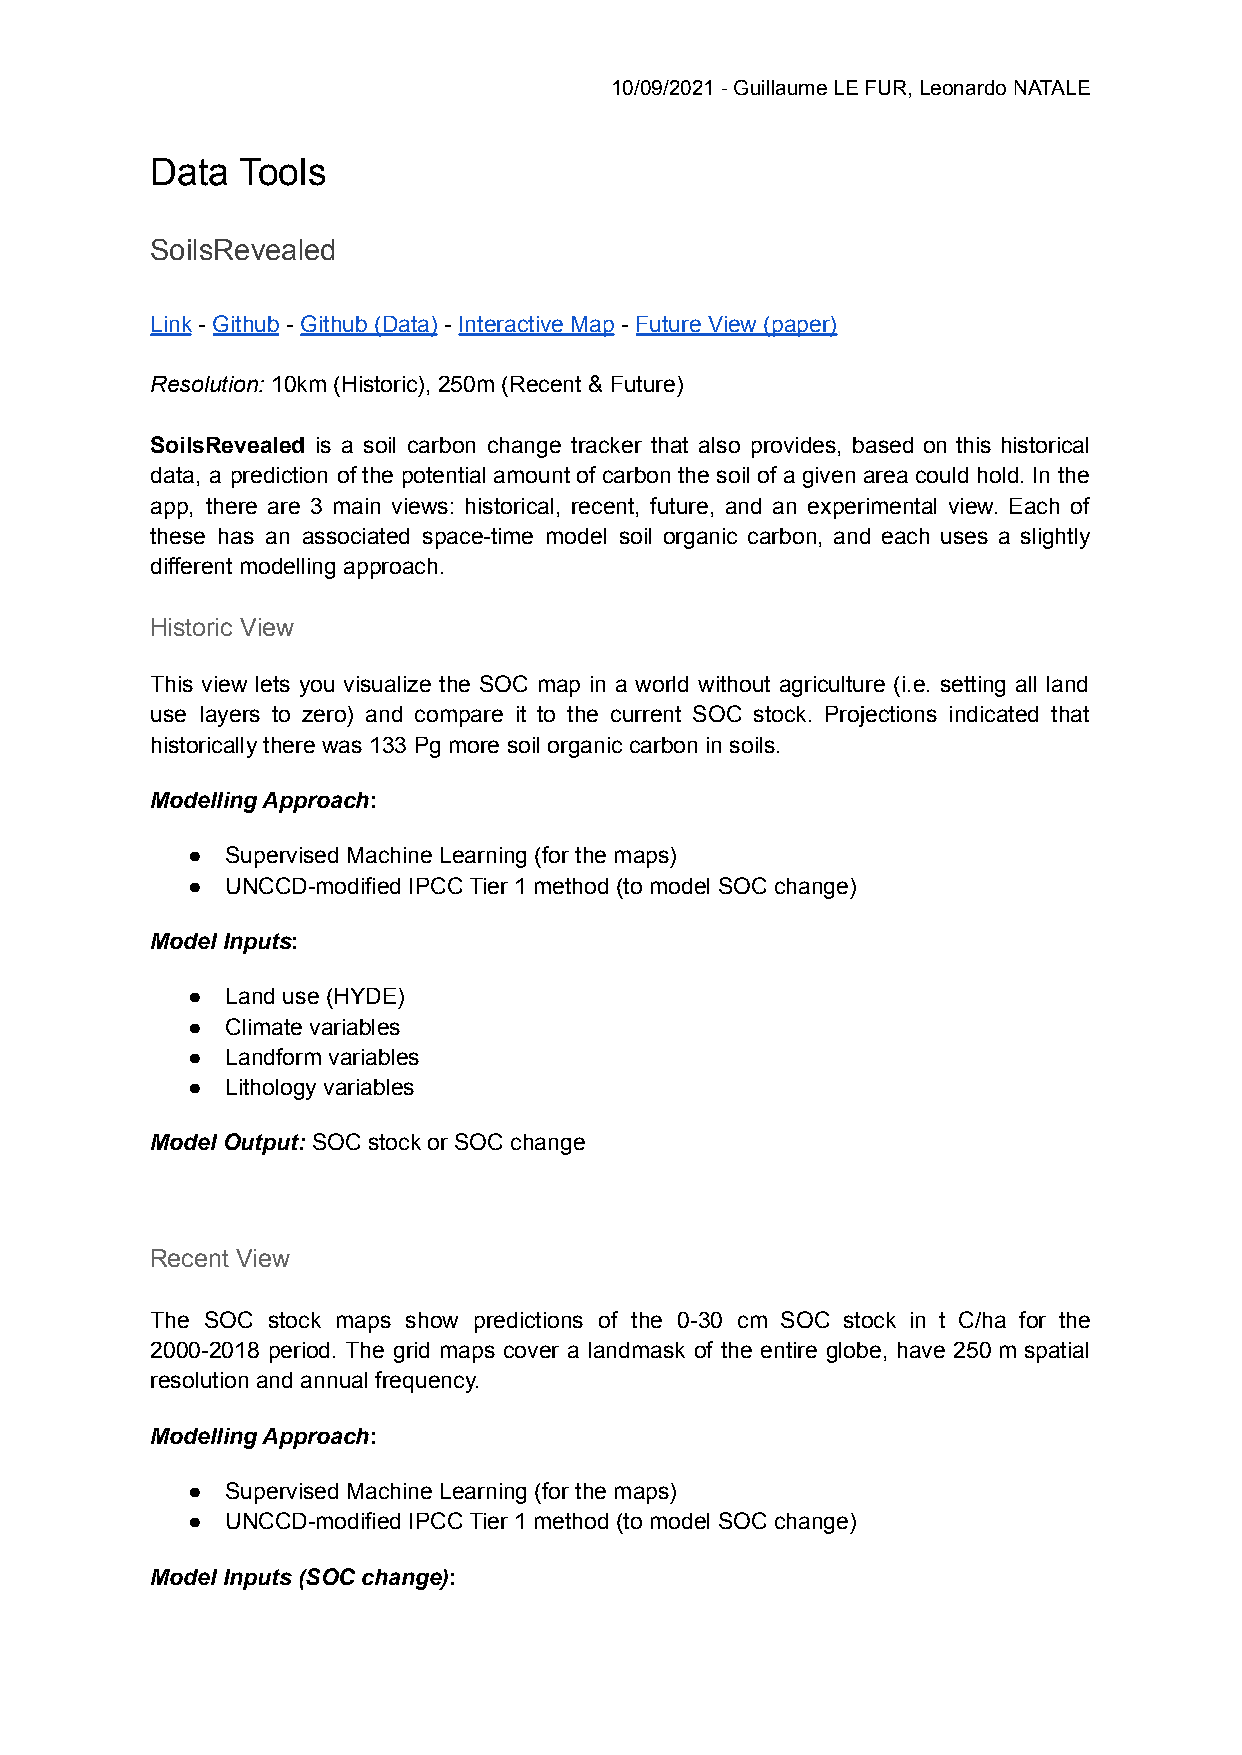
10/09/2021 - Guillaume LE FUR, Leonardo NATALE
 Data  Tools
 SoilsRevealed
 Link - Github - Github (Data) - Interactive Map - Future View (paper)
 Resolution: 10km (Historic), 250m (Recent & Future)
 SoilsRevealed is a soil carbon change tracker that also provides, based on this historical
 data, a prediction of the potential amount of carbon the soil of a given area could hold. In the
 app, there are 3 main views: historical, recent, future, and an experimental view. Each of
 these has an associated space-time model soil organic carbon, and each uses a slightly
 different modelling approach.
 Historic View
 This view lets you visualize the SOC map in a world without agriculture (i.e. setting all land
 use layers to zero) and compare it to the current SOC stock. Projections indicated that
 historically there was 133 Pg more soil organic carbon in soils.
 Modelling Approach:
 ●  Supervised Machine Learning (for the maps)
 ●  UNCCD-modified IPCC Tier 1 method (to model SOC change)
 Model Inputs:
 ●  Land use (HYDE)
 ●  Climate variables
 ●  Landform variables
 ●  Lithology variables
 Model Output: SOC stock or SOC change
 Recent View
 The SOC stock maps show predictions of the 0-30 cm SOC stock in t C/ha for the
 2000-2018 period. The grid maps cover a landmask of the entire globe, have 250 m spatial
 resolution and annual frequency.
 Modelling Approach:
 ●  Supervised Machine Learning (for the maps)
 ●  UNCCD-modified IPCC Tier 1 method (to model SOC change)
 Model Inputs (SOC change):